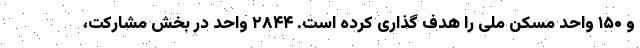
و ۱۵۰ واحد مسکن ملی را هدف گذاری کرده است. ۲۸۴۴ واحد در بخش مشارکت،